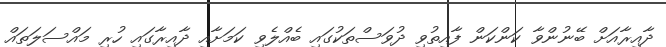
ދާއިރާއަށް ބޭނުންވާ ކަންކަން ފާއިތުވި ދުވަސްތަކުގައި ބެއްލެވި ކަމަށާއި ދާއިރާގައި ހުރި މައްސަލަތައް